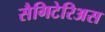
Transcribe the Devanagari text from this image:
सैगिटेरिअस